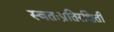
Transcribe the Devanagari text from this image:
स्वतःप्रतिरक्षिती